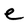
Character: e